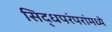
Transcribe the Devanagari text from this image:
सिद्धपरंपरांमध्ये